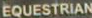
EQUESTRIAN